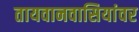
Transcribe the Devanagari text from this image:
तायवानवासियांवर